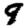
Digit: 9